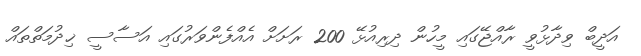
އަދީބް ވިދާޅުވީ ރާއްޖޭގައި މީހުން ދިރިއުޅޭ 200 ރަށަށް އެއްފެންވަރުގައި އަސާސީ ޚިދުމަތްތައް